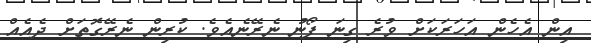
އިން އެހެން އަހަރަކަށް ވުރެ ގިނަ ފޯނު ނެރޭނެއެވެ. ކުރިން ނެރޭގޮތަށް ދެއެއް